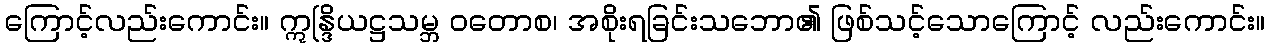
ကြောင့်လည်းကောင်း။ ဣန္ဒြိယဋ္ဌသမ္ဘ ဝတောစ၊ အစိုးရခြင်းသဘော၏ ဖြစ်သင့်သောကြောင့် လည်းကောင်း။